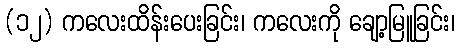
(၁၂) ကလေးထိန်းပေးခြင်း၊ ကလေးကို ချော့မြူခြင်း၊